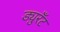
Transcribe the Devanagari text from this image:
ड्युरँट